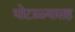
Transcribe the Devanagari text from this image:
घोटाळ्यासह